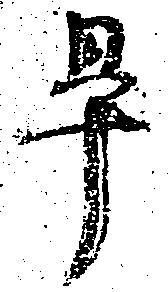
畢